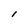
Character: l